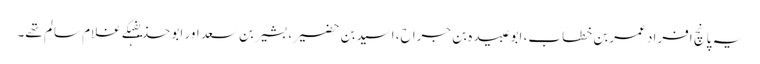
یہ پانچ افراد عمربن خطاب، ابوعبیدہ بن جراح، اسیدبن حضیر، بشیربن سعد اور ابو حذیفہکے غلام سالم تھے۔